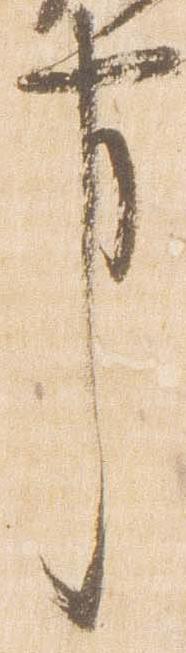
事